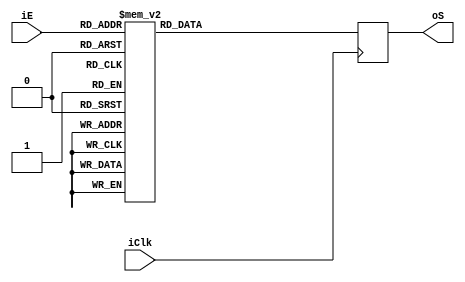
module BCD#(parameter N = 7) (
input iClk,
input[3:0]iE,
output [6:0]oS
);

reg [6:0]rSalida_Q;
reg [6:0]rSalida_S;

assign oS = rSalida_Q;

always @ (posedge iClk)
begin
		rSalida_Q <= rSalida_S;
end


// bloque combinacional
always @ *
	case (iE)
								 // abcdefg
	4'b0000 : rSalida_S = 7'b0000001;//0
	4'b0001 : rSalida_S = 7'b1001111;//1
	4'b0010 : rSalida_S = 7'b0010010;//2
	4'b0011 : rSalida_S = 7'b0000110;//3
	4'b0100 : rSalida_S = 7'b1001100;//4
	4'b0101 : rSalida_S = 7'b0100100;//5
	4'b0110 : rSalida_S = 7'b1100000;//6
	4'b0111 : rSalida_S = 7'b0001111;//7
	4'b1000 : rSalida_S = 7'b0000000;//8
	4'b1001 : rSalida_S = 7'b0001100;//9
	default: rSalida_S = 7'b1111110;

endcase

endmodule